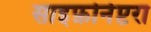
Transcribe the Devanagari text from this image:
साइफ़ोनेप्टरा